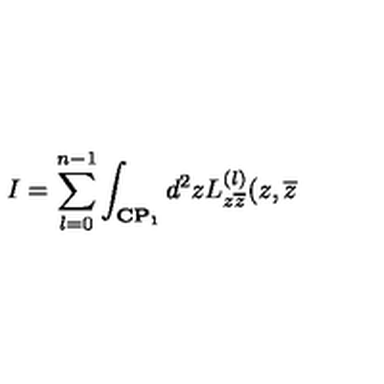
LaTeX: I = \sum _ { l = 0 } ^ { n - 1 } \int _ { { \bf C P } _ { 1 } } d ^ { 2 } z L _ { z \overline { { z } } } ^ { ( l ) } ( z , \overline { { z } }